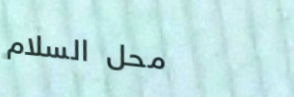
محل السلام